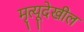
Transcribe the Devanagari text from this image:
मृत्यूदेखील